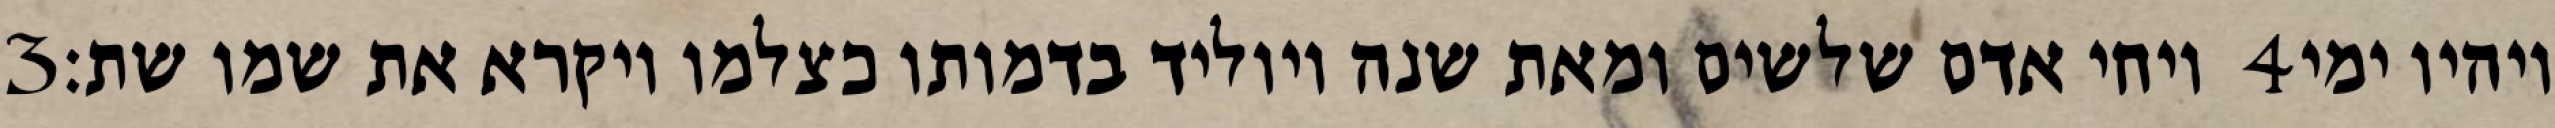
‎3‏ ויחי אדם שלשים ומאת שנה ויוליד בדמותו כצלמו ויקרא את שמו שת׃ ‎4‏ ויהיו ימי